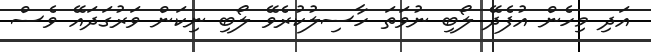
އަދި މިހެން އުފެދޭ ލޯބި ނުވަތަ ހާސިލުކުރެވޭ ލޯބި ނިކަން ވަރުގަދައޭ ވެސް